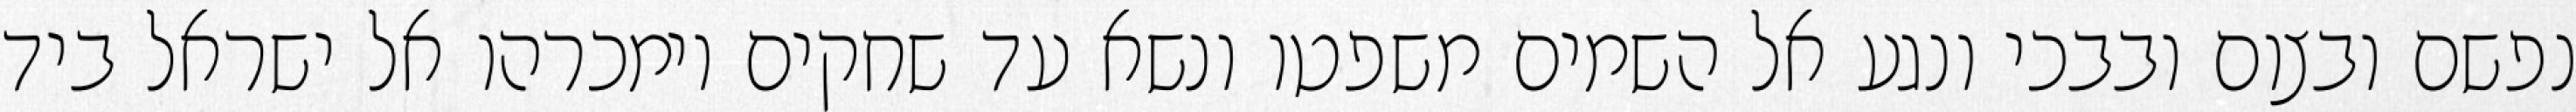
נפשם ובצום ובבכי ונגע אל השמים משפטו ונשא עד שחקים וימכרהו אל ישראל ביד